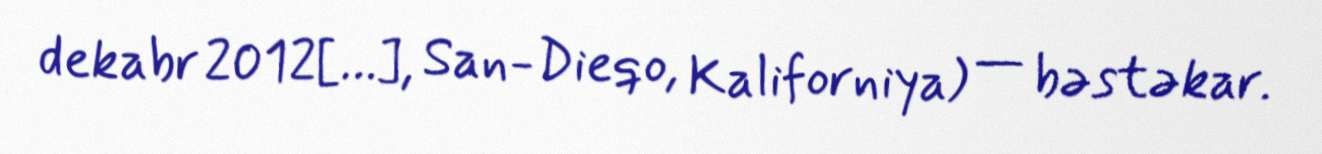
dekabr 2012[…], San-Dieqo, Kaliforniya) — bəstəkar.